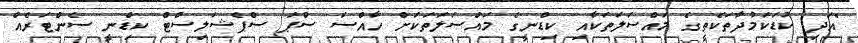
"އަދި ކުޑަކަމުދާތަކެތީގެ މައްސަލަތަކާއި ކިޑްނީގެ މައްސަލަތަކަށް ހާއްސަ ސްޕަ ސްޕެޝަލިސްޓް ކިޑްނީ ސެންޓަރެއް